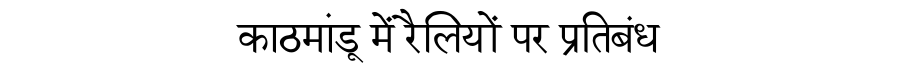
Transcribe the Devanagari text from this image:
काठमांडू में रैलियों पर प्रतिबंध